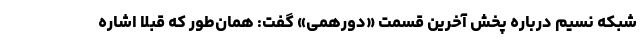
شبکه نسیم درباره پخش آخرین قسمت «دورهمی» گفت: همان‌طور که قبلاً اشاره